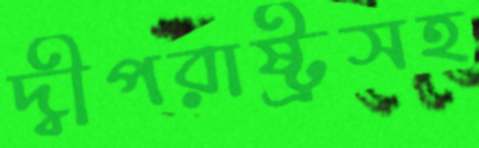
দ্বীপরাষ্ট্রসহ